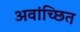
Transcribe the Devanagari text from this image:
अवांच्छित